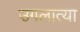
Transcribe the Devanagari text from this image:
उगलात्या